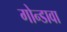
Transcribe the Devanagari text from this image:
गोन्डावा